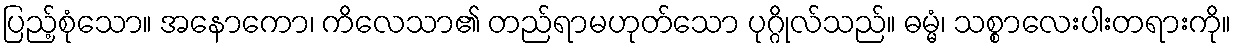
ပြည့်စုံသော။ အနောကော၊ ကိလေသာ၏ တည်ရာမဟုတ်သော ပုဂ္ဂိုလ်သည်။ ဓမ္မံ၊ သစ္စာလေးပါးတရားကို။